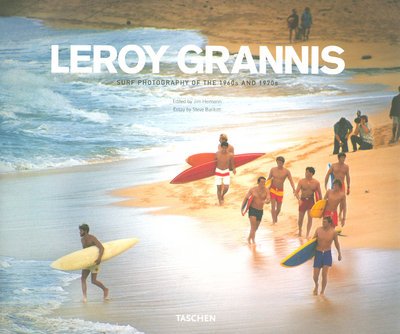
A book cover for Leroy Grannis: Surf Photography of the 1960s and 1970s; Arts & Photography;